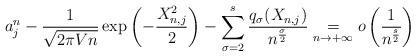
LaTeX: \begin{align*}a_j^n - \frac{1}{\sqrt{2\pi V n}} \exp\left(-\frac{X_{n,j}^2}{2}\right) - \sum_{\sigma=2}^s\frac{q_\sigma(X_{n,j})}{n^\frac{\sigma}{2}}\underset{n\rightarrow+\infty}=o\left(\frac{1}{n^\frac{s}{2}}\right)\end{align*}